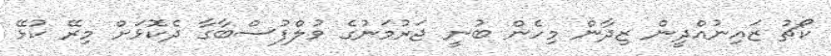
ކޯޗު ޒައިނުއްދީން ޒިދާން މިހެން ބުނީ ޖަރުމަނުގެ ވުލްފުސްބާގާ ދެކޮޅަށް މިރޭ ކުޅޭ